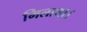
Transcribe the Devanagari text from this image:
मिलाथा।